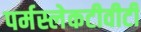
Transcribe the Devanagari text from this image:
पर्मस्लेकटीवीटी